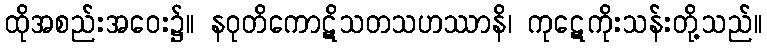
ထိုအစည်းအဝေး၌။ နဝုတိကောဋိသတသဟဿာနိ၊ ကုဋေကိုးသန်းတို့သည်။